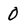
Character: 0